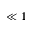
\ll 1